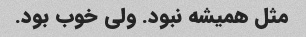
مثل همیشه نبود. ولی خوب بود.